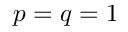
p = q = 1